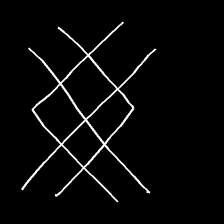
Glyph: crystal